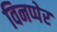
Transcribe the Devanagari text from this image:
विनप्पेर